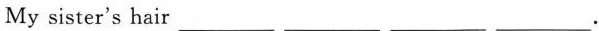
My sister's hair ___ ___ ___ ___.